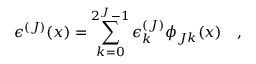
\epsilon ^ { ( J ) } ( x ) = \sum _ { k = 0 } ^ { 2 ^ { J } - 1 } \epsilon _ { k } ^ { ( J ) } \phi _ { J k } ( x ) \quad ,